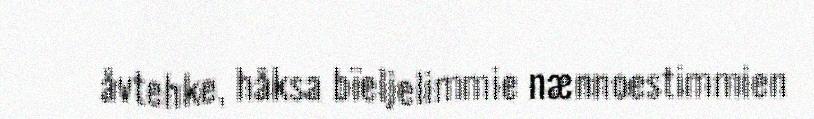
åvtehke, håksa bïeljelimmie nænnoestimmien